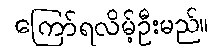
ကြော်ရလိမ့်ဦးမည်။